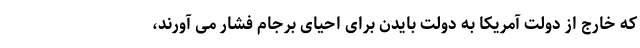
که خارج از دولت آمریکا به دولت بایدن برای احیای برجام فشار می آورند،